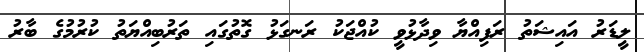
ލީޑަރު އައިޝަތު ރަފިއްޔާ ވިދާޅުވީ ކުއްޖަކު ރަނގަޅު ގޮތުގައި ތަރުބިއްޔަތު ކުރުމުގެ ބާރު